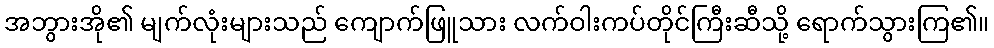
အဘွားအို၏ မျက်လုံးများသည် ကျောက်ဖြူသား လက်ဝါးကပ်တိုင်ကြီးဆီသို့ ရောက်သွားကြ၏။